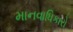
માનવાધિકારો